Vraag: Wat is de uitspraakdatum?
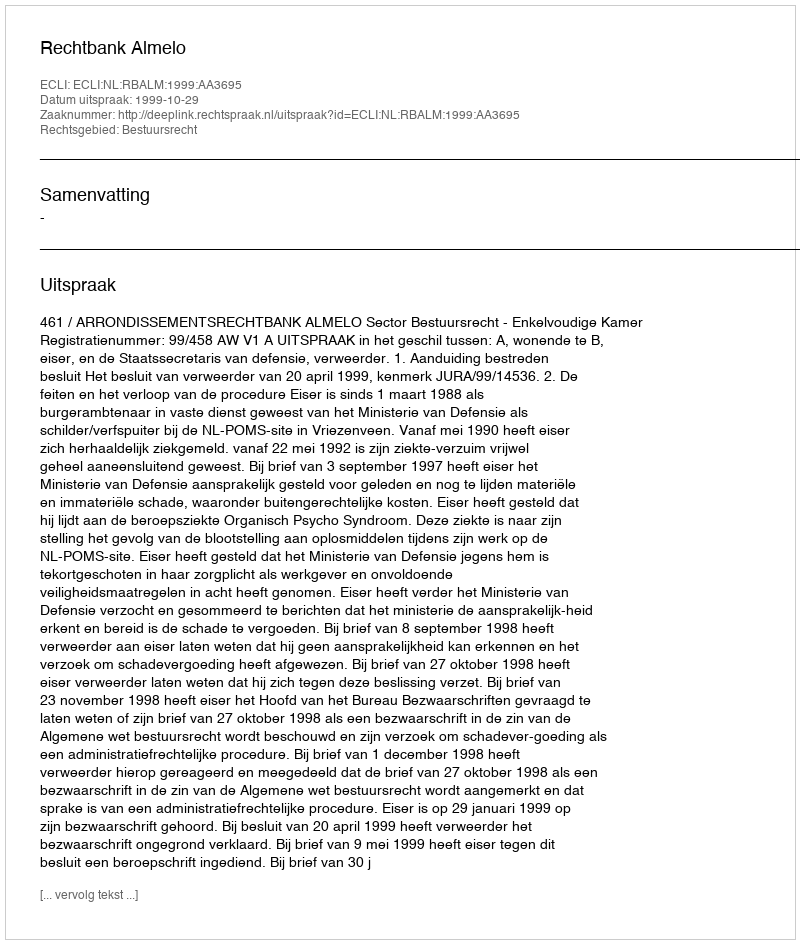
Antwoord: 1999-10-29